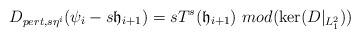
LaTeX: \begin{align*}D_{pert, s\eta^i}(\psi_i-s\mathfrak{h}_{i+1})=sT^s(\mathfrak{h}_{i+1})\mbox{ }mod(\ker(D|_{L^2_1}))\end{align*}